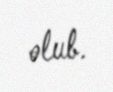
olub.